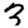
Digit: 3